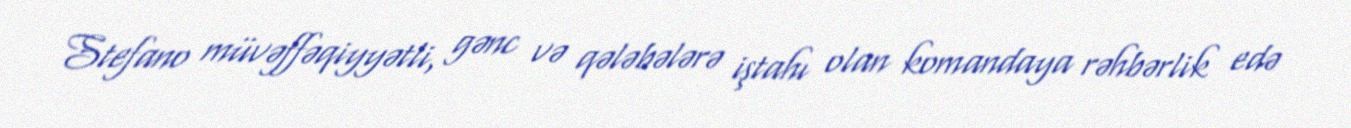
Stefano müvəffəqiyyətli, gənc və qələbələrə iştahı olan komandaya rəhbərlik edə